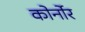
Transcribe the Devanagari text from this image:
कोर्नोर